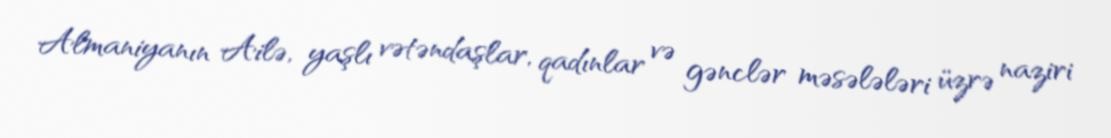
Almaniyanın Ailə, yaşlı vətəndaşlar, qadınlar və gənclər məsələləri üzrə naziri